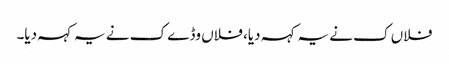
فلاں ک نے یہ کہہ دیا، فلاں وڈے ک نے یہ کہہ دیا۔